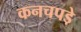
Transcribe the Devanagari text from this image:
कनचपडे़